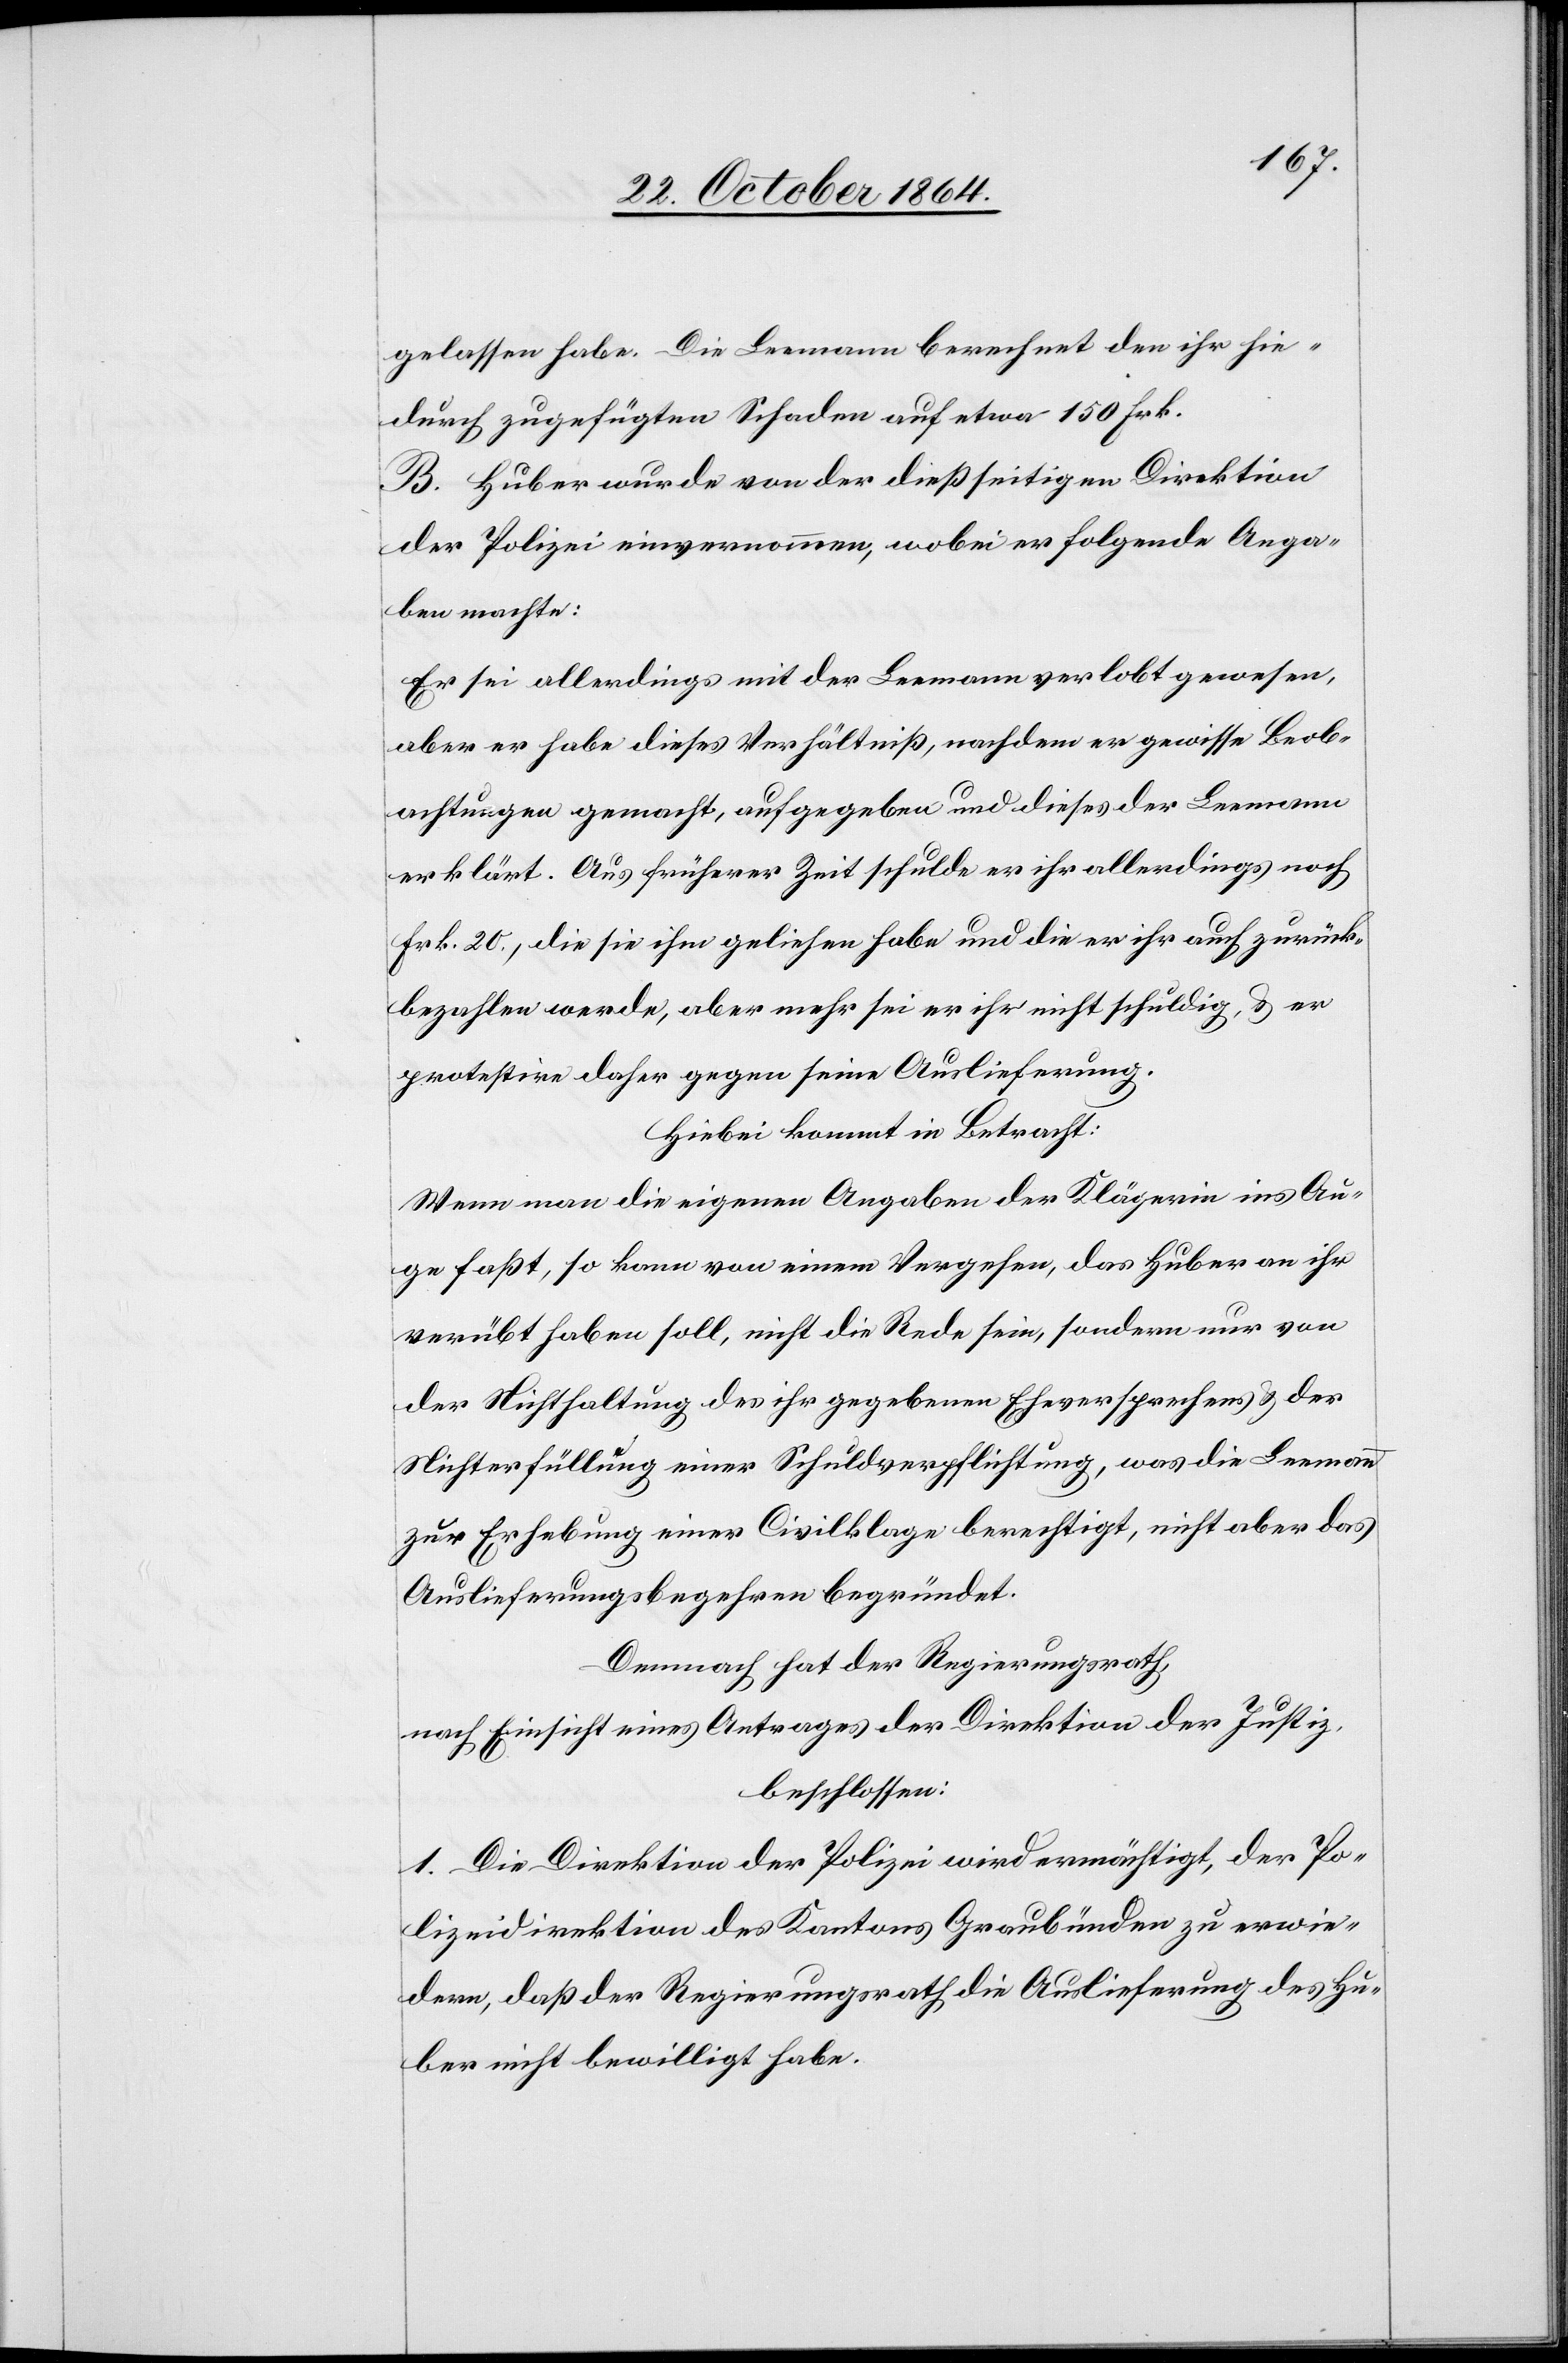
gelassen habe. Die Leemann berechnet den ihr hie¬
durch zugeführten Schaden auf etwa 150 Frk.
B. Huber wurde von der dießseitigen Direktion
der Polizei einvernommen, wobei er folgende Anga¬
ben machte:
Er sei allerdings mit der Leemann verlobt gewesen,
aber er habe dieses Verhältniß, nachdem er gewisse Beob¬
achtungen gemacht, aufgegeben und dieses der Leemann
erklärt. Aus früherer Zeit schulde er ihr allerdings noch
Frk. 20., die sie ihm geliehen habe und die er ihr auch zurück¬
bezahlen werde, aber mehr sei er ihr nicht schuldig, & er
protestire daher gegen seine Auslieferung.
Hiebei kommt in Betracht:
Wenn man die eigenen Angaben der Klägerin ins Au¬
ge faßt, so kann von einem Vergehen, das Huber an ihr
verübt haben soll, nicht die Rede sein, sondern nur von
der Nichteinhaltung des ihr gegebenen Eheversprechens & der
Nichterfüllung einer Schuldverpflichtung, was die Leemann
zur Erhebung einer Civilklage berechtigt, nicht aber das
Auslieferungsbegehren begründet.
Demnach hat der Regierungsrath,
nach Einsicht eines Antrages der Direktion der Justiz,
beschlossen:
1. Die Direktion der Polizei wird ermächtigt, der Po¬
lizeidirektion des Kantons Graubünden zu erwie¬
dern, daß der Regierungsrath die Auslieferung des Hu¬
bers nicht bewilligt habe.